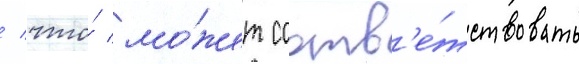
/ что́ мо́жет соотв'е́тствовать